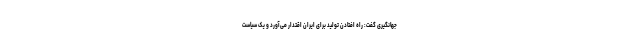
جهانگیری گفت‌: راه افتادن تولید برای ایران اقتدار می‌آورد و یک سیاست